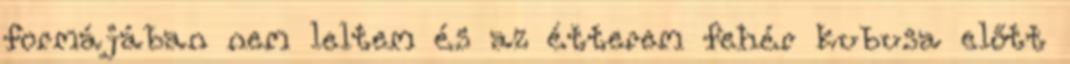
formájában nem leltem és az étterem fehér kubusa előtt